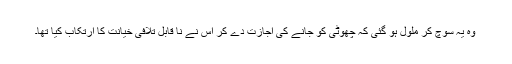
وہ یہ سوچ کر ملول ہو گئی کہ چھوٹی کو جانے کی اجازت دے کر اس نے نا قابل تلافی خیانت کا ارتکاب کیا تھا۔